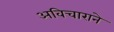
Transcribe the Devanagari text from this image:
अविचाराने